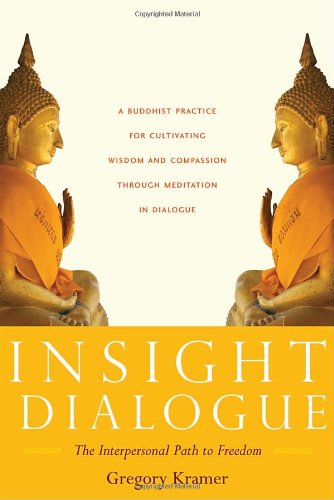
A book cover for Insight Dialogue: The Interpersonal Path to Freedom; Gregory Kramer; Religion & Spirituality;